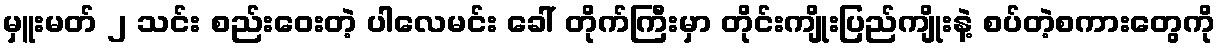
မှူးမတ် ၂ သင်း စည်းဝေးတဲ့ ပါလေမင်း ခေါ် တိုက်ကြီးမှာ တိုင်းကျိုးပြည်ကျိုးနဲ့ စပ်တဲ့စကားတွေကို